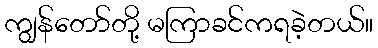
ကျွန်တော်တို့ မကြာခင်ကရခဲ့တယ်။